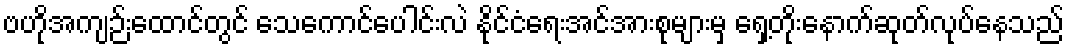
ဗဟိုအကျဉ်းထောင်တွင် သေကောင်ပေါင်းလဲ နိုင်ငံရေးအင်အားစုများမှ ရှေ့တိုးနောက်ဆုတ်လုပ်နေသည်